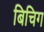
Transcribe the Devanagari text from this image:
बिचिग